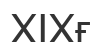
ХІХғ